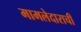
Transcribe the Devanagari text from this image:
मामलेदाराची